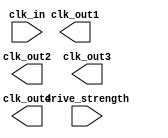
module HighFanoutClockBuffer (
    input wire clk_in,           // Input clock signal
    input wire [1:0] drive_strength, // Drive strength control (00: low, 01: medium, 10: high)
    output wire clk_out1,        // First output clock signal
    output wire clk_out2,        // Second output clock signal
    output wire clk_out3,        // Third output clock signal
    output wire clk_out4         // Fourth output clock signal
);

    // Parameters for drive strength
    parameter LOW_DRIVE   = 1'b0;
    parameter MEDIUM_DRIVE = 1'b1;
    parameter HIGH_DRIVE   = 2'b10;

    // Internal signals
    wire clk_clean;            // Cleaned clock signal
    wire clk_buf;              // Buffered clock signal

    // Schmitt trigger for input clock signal
    reg clk_reg;
    always @(posedge clk_in or negedge clk_in) begin
        if (clk_in) begin
            clk_reg <= 1'b1; // Rising edge
        end else begin
            clk_reg <= 1'b0; // Falling edge
        end
    end

    assign clk_clean = clk_reg;

    // Output drivers with programmable drive strength
    generate
        genvar i;
        for (i = 0; i < 4; i = i + 1) begin: output_drivers
            // Drive strength implementation
            assign clk_out[i] = (drive_strength == LOW_DRIVE) ? (clk_clean & 1'b0) :
                                (drive_strength == MEDIUM_DRIVE) ? (clk_clean & 1'b1) :
                                (drive_strength == HIGH_DRIVE) ? (clk_clean & 2'b11) :
                                1'b0; // Default to 0 if invalid drive strength
        end
    endgenerate

endmodule